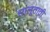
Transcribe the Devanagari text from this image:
सालूताती